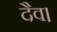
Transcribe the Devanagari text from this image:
दैव।